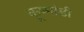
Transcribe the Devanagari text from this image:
कूष्मांडी